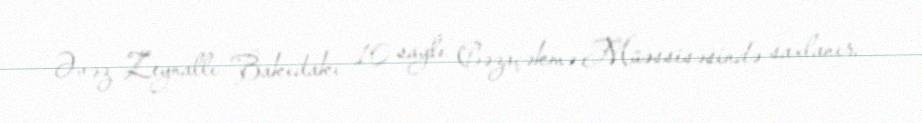
Əvəz Zeynallı Bakıdakı 10 saylı Cəzaçəkmə Müəssisəsində saxlanır.